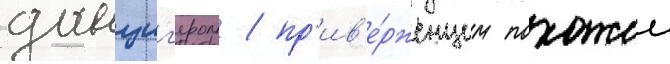
данциг'ером / пр'ив'е́рженцем похожеи